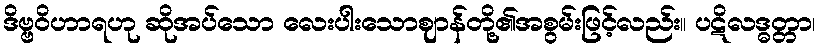
ဒိဗ္ဗဝိဟာရဟု ဆိုအပ်သော လေးပါးသောဈာန်တို့၏အစွမ်းဖြင့်လည်း။ ပဋိလဒ္ဓတ္တာ၊